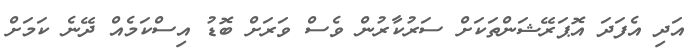
އަދި އެފަދަ އޮޕަރޭޝަންތަކަށް ސަރުކާރުން ވެސް ވަރަށް ބޮޑު އިސްކަމެއް ދޭނެ ކަމަށް